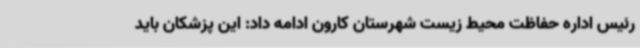
رئیس اداره حفاظت محیط زیست شهرستان کارون ادامه داد: این پزشکان باید